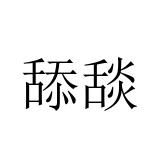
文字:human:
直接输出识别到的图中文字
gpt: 舔舕